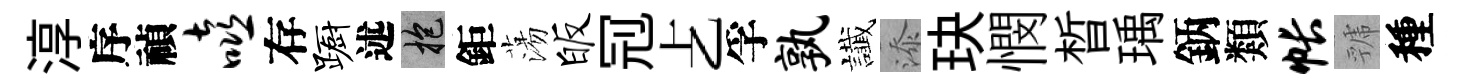
淳序禎嘻存蹰述抱鉅蕩皈𠜍𠧒孚孰䜟添玦憫晳瑀鈵類帐虢種